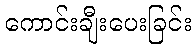
ကောင်းချီးပေးခြင်း